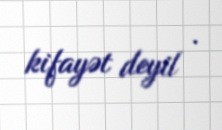
kifayət deyil .